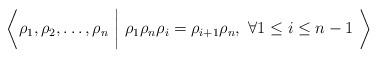
LaTeX: \begin{align*}\bigg\langle \rho_1, \rho_2, \dots, \rho_n \ \bigg\vert\ \rho_1 \rho_n \rho_{i} =\rho_{i+1} \rho_n,~\forall 1 \leq i \leq n-1\ \bigg\rangle\end{align*}